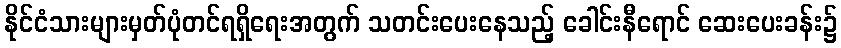
နိုင်ငံသားများမှတ်ပုံတင်ရရှိရေးအတွက် သတင်းပေးနေသည့် ခေါင်းနီရောင် ဆေးပေးခန်း၌